Annual report of the Punjab Veterinary College and of the Civil Veterinary Department, Punjab - 1920-1925
Year: 1920
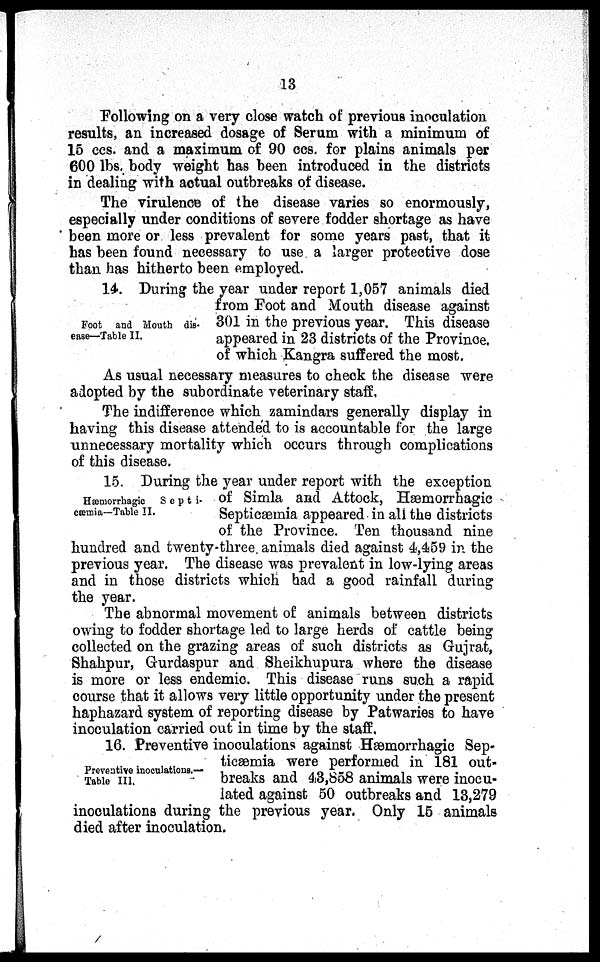
13
Following on a very close watch of previous inoculation
results, an increased dosage of Serum with a minimum of
15 ccs. and a maximum of 90 ccs. for plains animals per
600 lbs. body weight has been introduced in the districts
in dealing with actual outbreaks of disease.
The virulence of the disease varies so enormously,
especially under conditions of severe fodder shortage as have
been more or less prevalent for some years past, that it
has been found necessary to use a larger protective dose
than has hitherto been employed.
Foot and Mouth dis-
ease—Table II.
14. During the year under report 1,057 animals died
from Foot and Mouth disease against
301 in the previous year. This disease
appeared in 23 districts of the Province.
of which Kangra suffered the most.
As usual necessary measures to check the disease were
adopted by the subordinate veterinary staff,
The indifference which zamindars generally display in
having this disease attended to is accountable for the large
unnecessary mortality which occurs through complications
of this disease.
Hæmorrhagic
Septi-
cæmia—Table II.
15. During the year under report with the exception
of Simla and Attock, Hæmorrhagic
Septicæmia appeared in all the districts
of the Province. Ten thousand nine
hundred and twenty-three animals died against 4,459 in the
previous year. The disease was prevalent in low-lying areas
and in those districts which had a good rainfall during
the year.
The abnormal movement of animals between districts
owing to fodder shortage led to large herds of cattle being
collected on the grazing areas of such districts as Gujrat,
Shahpur, Gurdaspur and Sheikhupura where the disease
is more or less endemic. This disease runs such a rapid
course that it allows very little opportunity under the present
haphazard system of reporting disease by Patwaries to have
inoculation carried out in time by the staff.
Preventive inoculations.—
Table III.
16. Preventive inoculations against Hæmorrhagic Sep-
ticæmia were performed in 181 out-
breaks and 43,858 animals were inocu-
lated against 50 outbreaks and 13,279
inoculations during the previous year. Only 15 animals
died after inoculation.